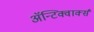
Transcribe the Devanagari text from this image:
ॲन्टिक्वार्क्स